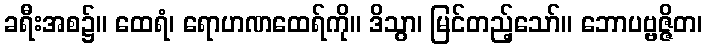
ခရီးအစ၌။ ထေရံ၊ ရောဟဏထေရ်ကို။ ဒိသွာ၊ မြင်တည့်သော်။ ဘောပဗ္ဗဇ္ဇိတ၊